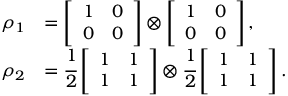
\begin{array} { r l } { \rho _ { 1 } } & { = \left[ \begin{array} { l l } { 1 } & { 0 } \\ { 0 } & { 0 } \end{array} \right] \otimes \left[ \begin{array} { l l } { 1 } & { 0 } \\ { 0 } & { 0 } \end{array} \right] , } \\ { \rho _ { 2 } } & { = \cfrac { 1 } { 2 } \left[ \begin{array} { l l } { 1 } & { 1 } \\ { 1 } & { 1 } \end{array} \right] \otimes \cfrac { 1 } { 2 } \left[ \begin{array} { l l } { 1 } & { 1 } \\ { 1 } & { 1 } \end{array} \right] . } \end{array}